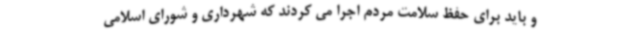
و باید برای حفظ سلامت مردم اجرا می کردند که شهرداری و شورای اسلامی